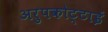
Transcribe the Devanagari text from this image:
अरुपकोट्टाई